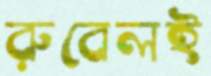
রুবেলই